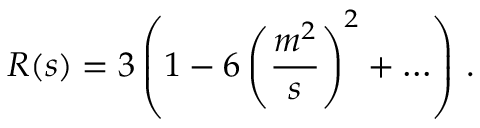
R ( s ) = 3 \left( 1 - 6 \left( { \frac { m ^ { 2 } } { s } } \right) ^ { 2 } + \ldots \right) \, .